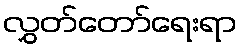
လွှတ်တော်ရေးရာ